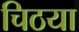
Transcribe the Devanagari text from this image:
चिठया